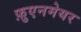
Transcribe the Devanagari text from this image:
फ़ुएनमेयर